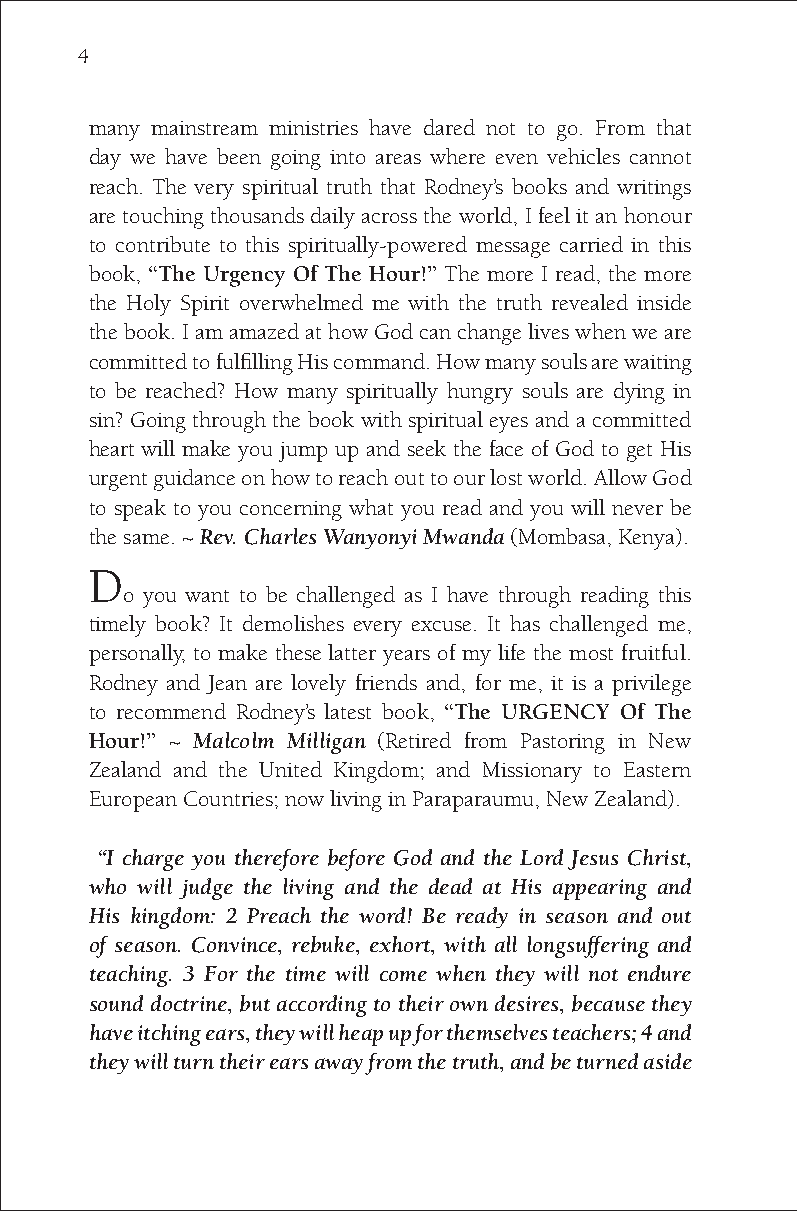
4
 many mainstream ministries have dared not to go. From that
 day we have been going into areas where even vehicles cannot
 reach. The very spiritual truth that Rodney’s books and writings
 are touching thousands daily across the world, I feel it an honour
 to contribute to this spiritually-powered message carried in this
 book, “The Urgency Of The Hour!” The more I read, the more
 the Holy Spirit overwhelmed me with the truth revealed inside
 the book. I am amazed at how God can change lives when we are
 committed to fulfilling His command. How many souls are waiting
 to be reached? How many spiritually hungry souls are dying in
 sin? Going through the book with spiritual eyes and a committed
 heart will make you jump up and seek the face of God to get His
 urgent guidance on how to reach out to our lost world. Allow God
 to speak to you concerning what you read and you will never be
 the same. ~ Rev. Charles Wanyonyi Mwanda (Mombasa, Kenya).
 D
 o you want to be challenged as I have through reading this
 timely book? It demolishes every excuse. It has challenged me,
 personally, to make these latter years of my life the most fruitful.
 Rodney and Jean are lovely friends and, for me, it is a privilege
 to recommend Rodney’s latest book, “The URGENCY Of The
 Hour!” ~ Malcolm Milligan (Retired from Pastoring in New
 Zealand and the United Kingdom; and Missionary to Eastern
 European Countries; now living in Paraparaumu, New Zealand).
 “I charge you therefore before God and the Lord Jesus Christ,
 who will judge the living and the dead at His appearing and
 His kingdom: 2 Preach the word! Be ready in season and out
 of season. Convince, rebuke, exhort, with all longsuffering and
 teaching. 3 For the time will come when they will not endure
 sound doctrine, but according to their own desires, because they
 have itching ears, they will heap up for themselves teachers; 4 and
 they will turn their ears away from the truth, and be turned aside